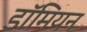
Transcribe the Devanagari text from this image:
डॉमियन